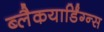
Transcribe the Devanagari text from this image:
ब्लैकयार्डिंग्न्स